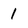
Character: 1